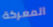
المعركة